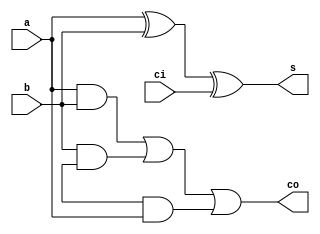
// full adder, structural style

module add (a, b, ci, s, co);

	input a, b, ci;
	output s, co;
	
	wire ab, bc, ca;
	
	and i1 (ab, a, b);
	and i2 (bc, b, c);
	and i3 (ca, c, a);
	
	or i4 (co, ab, bc, ca);
	
	xor i5 (s, a, b, ci);

endmodule